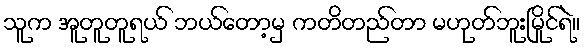
သူက အူတူတူရယ် ဘယ်တော့မှ ကတိတည်တာ မဟုတ်ဘူးမြိုင်ရဲ။